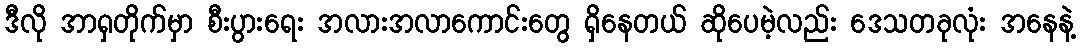
ဒီလို အာရှတိုက်မှာ စီးပွားရေး အလားအလာကောင်းတွေ ရှိနေတယ် ဆိုပေမဲ့လည်း ဒေသတခုလုံး အနေနဲ့